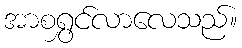
အာစရွှင်လာလေသည်။